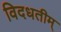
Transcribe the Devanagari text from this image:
विदधतीम्